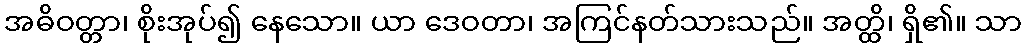
အဓိဝတ္တာ၊ စိုးအုပ်၍ နေသော။ ယာ ဒေဝတာ၊ အကြင်နတ်သားသည်။ အတ္ထိ၊ ရှိ၏။ သာ